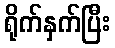
ရိုက်နှက်ပြီး